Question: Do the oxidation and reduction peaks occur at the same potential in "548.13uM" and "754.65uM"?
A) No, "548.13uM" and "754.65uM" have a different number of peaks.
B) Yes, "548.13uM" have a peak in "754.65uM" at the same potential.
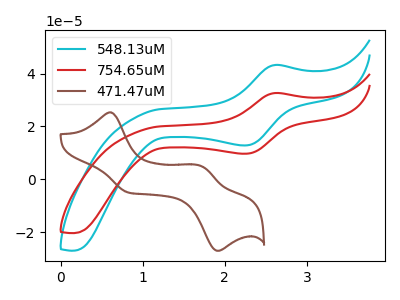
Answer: <think>The cyan curve "548.13uM" has an anodic peak at (2.60V, 43.25uA) and a cathodic peak at (2.25V, 12.80uA). The red curve "754.65uM" has an anodic peak at (2.60V, 32.60uA) and a cathodic peak at (2.25V, 9.65uA). The brown curve "471.47uM" has anodic peaks at (0.60V, 25.30uA) (1.70V, 4.90uA) and cathodic peaks at (0.80V, -5.00uA) (1.90V, -27.10uA).</think>
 <answer>B) Yes, "548.13uM" have a peak in "754.65uM" at the same potential.</answer>
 <eval>B</eval>